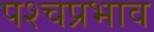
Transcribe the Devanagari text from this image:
पश्चप्रभाव